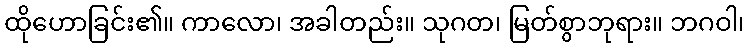
ထိုဟောခြင်း၏။ ကာလော၊ အခါတည်း။ သုဂတ၊ မြတ်စွာဘုရား။ ဘဂဝါ၊